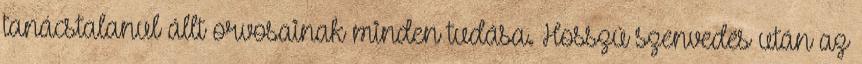
tanácstalanul állt orvosainak minden tudása. Hosszú szenvedés után az